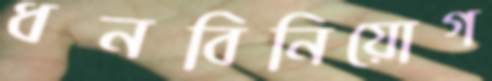
ধনবিনিয়োগ